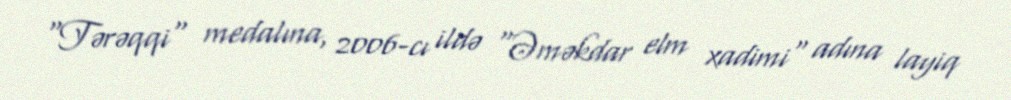
"Tərəqqi" medalına, 2006-cı ildə "Əməkdar elm xadimi" adına layiq